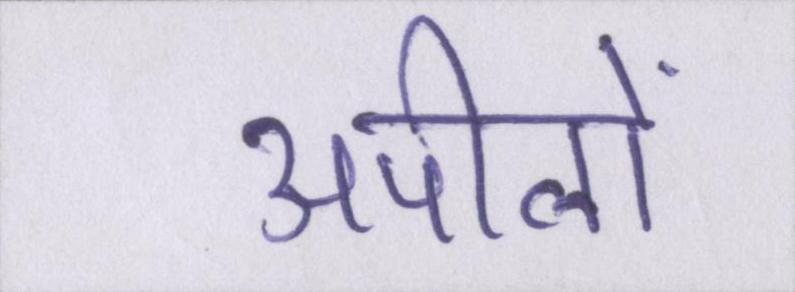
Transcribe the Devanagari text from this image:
अपीलों